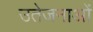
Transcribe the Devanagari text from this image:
उतेजनाओं